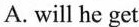
A. will he get